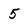
Character: 5